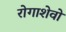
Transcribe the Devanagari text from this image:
रोगाशेवो